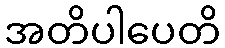
အတိပါပေတိ